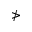
\ngtr